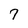
Character: 7